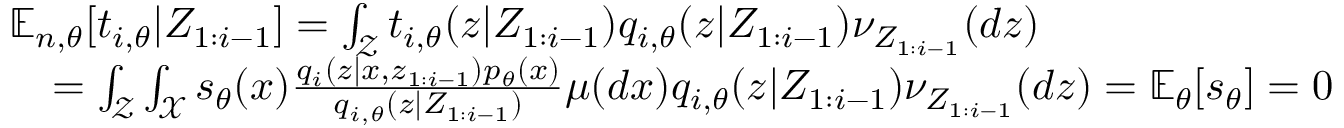
\begin{array} { r l } & { { \mathbb E } _ { n , \theta } [ t _ { i , \theta } | Z _ { 1 : i - 1 } ] = \int _ { \mathcal Z } t _ { i , \theta } ( z | Z _ { 1 : i - 1 } ) q _ { i , \theta } ( z | Z _ { 1 : i - 1 } ) \nu _ { Z _ { 1 : i - 1 } } ( d z ) } \\ & { \quad = \int _ { \mathcal Z } \int _ { \mathcal X } s _ { \theta } ( x ) \frac { q _ { i } ( z | x , z _ { 1 : i - 1 } ) p _ { \theta } ( x ) } { q _ { i , \theta } ( z | Z _ { 1 : i - 1 } ) } \mu ( d x ) q _ { i , \theta } ( z | Z _ { 1 : i - 1 } ) \nu _ { Z _ { 1 : i - 1 } } ( d z ) = { \mathbb E } _ { \theta } [ s _ { \theta } ] = 0 } \end{array}